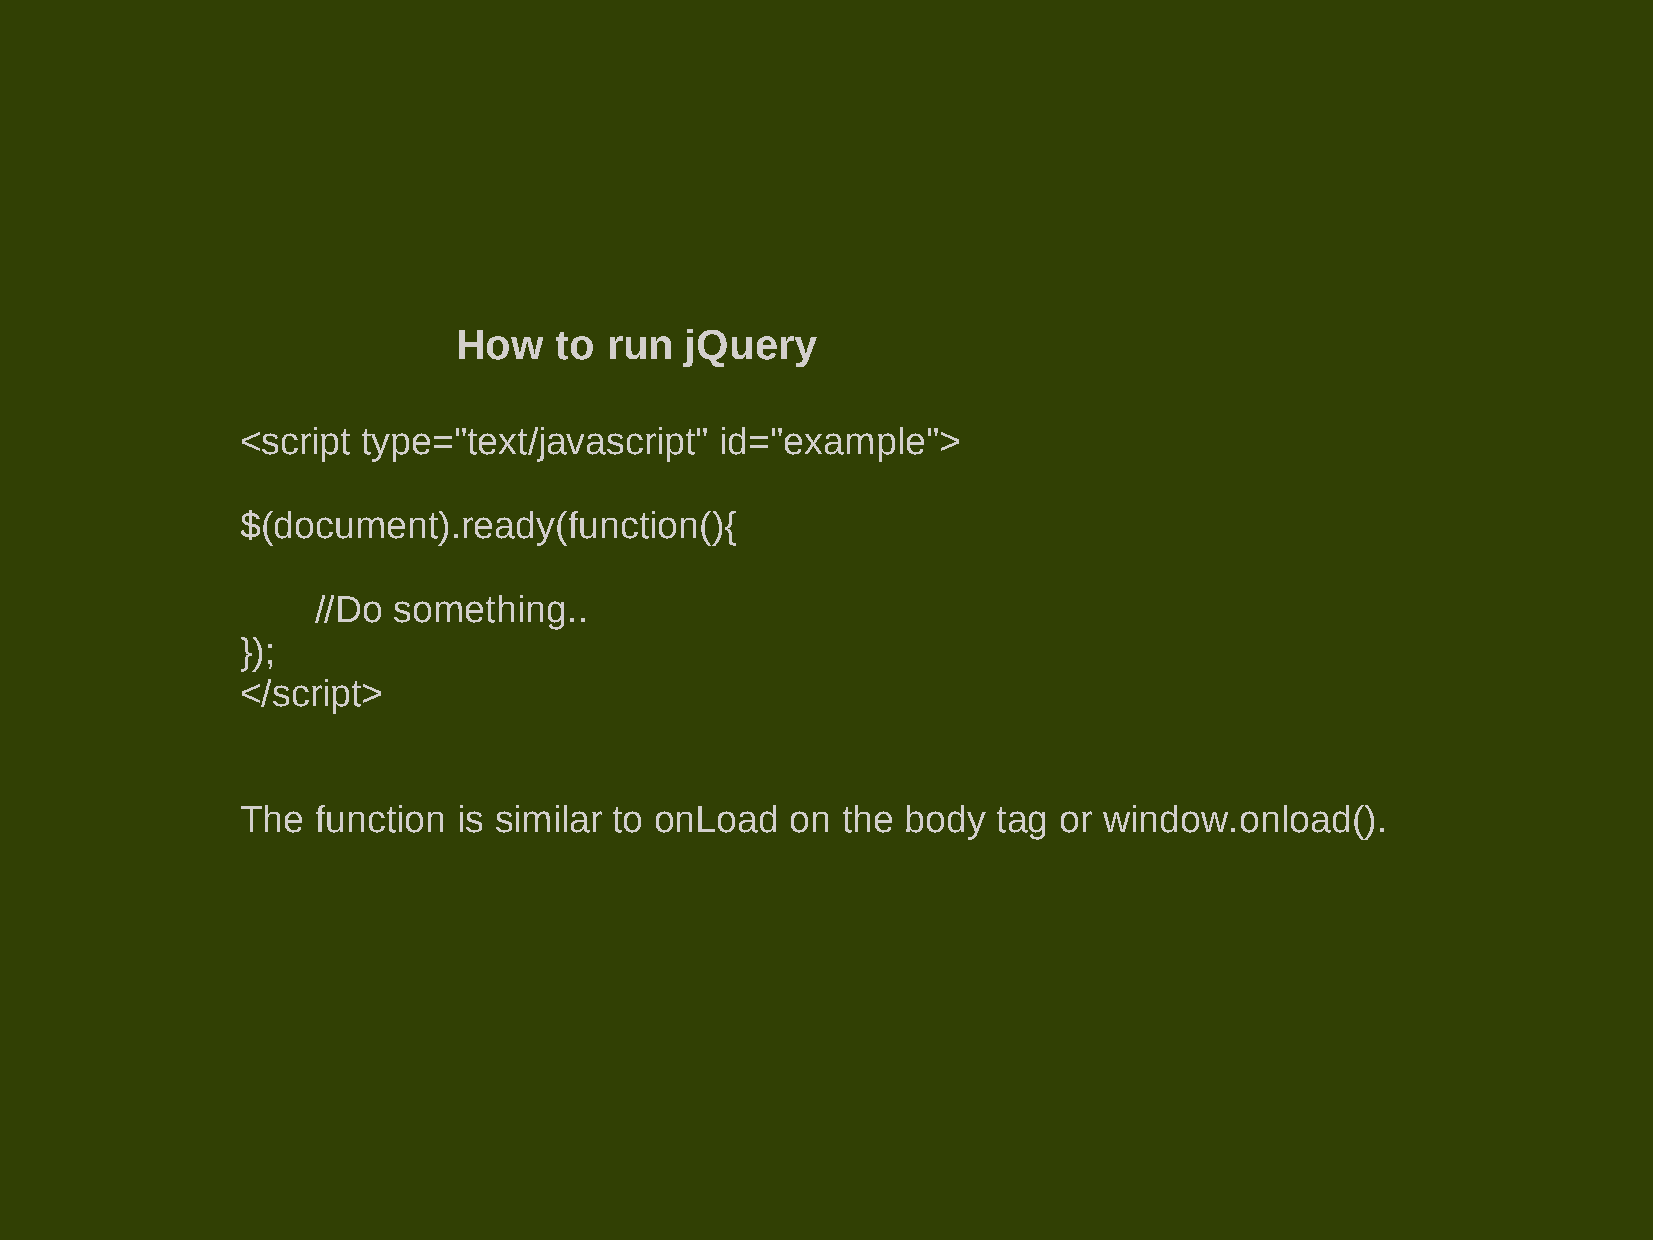
How    to run  jQuery
 <script type="text/javascript"  id="example">
 $(document).ready(function(){
 //Do something..
 });
 </script>
 The  function is similar to onLoad  on  the body  tag or window.onload().